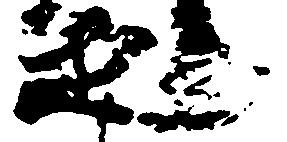
之